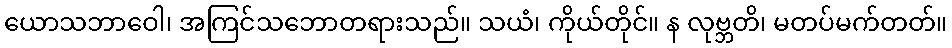
ယောသဘာဝေါ၊ အကြင်သဘောတရားသည်။ သယံ၊ ကိုယ်တိုင်။ န လုဗ္ဘတိ၊ မတပ်မက်တတ်။